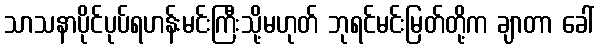
သာသနာပိုင်ပုပ်ရဟန်းမင်းကြီးသို့မဟုတ် ဘုရင်မင်းမြတ်တို့က ချာတာ ခေါ်